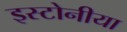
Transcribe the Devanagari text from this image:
इस्टोनीया